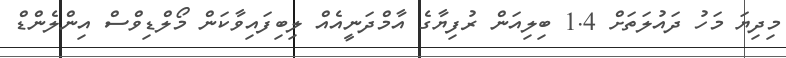
މިދިޔަ މަހު ދައުލަަތަށް 1.4 ބިލިއަން ރުފިޔާގެ އާމްދަނީއެއް ލިބިފައިވާކަން މޯލްޑިވްސް އިންލެެންޑް